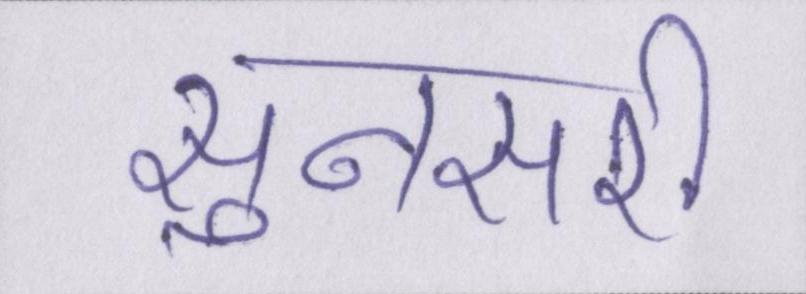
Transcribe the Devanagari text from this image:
सुनसरी